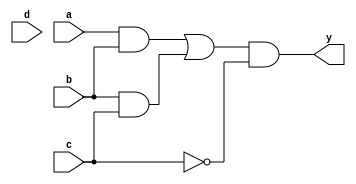
module multi_level_logic (
    input wire a,
    input wire b,
    input wire c,
    input wire d,
    output wire y
);

// Intermediate signals
wire ab;       // AND gate output
wire not_c;    // NOT gate output
wire bc;       // AND gate output
wire or_ab_bc; // OR gate output

// Level 1: Basic Logic Functions
assign ab = a & b;         // AND gate
assign not_c = ~c;         // NOT gate
assign bc = b & c;         // AND gate

// Level 2: Combine Intermediate Results
assign or_ab_bc = ab | bc; // OR gate

// Final Level: Combine with NOT output
assign y = or_ab_bc & not_c; // AND gate with NOT output

endmodule